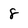
Character: 8